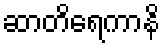
ဆာတိရေကာနိ